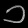
Digit: ၁